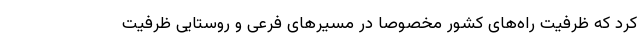
کرد که ظرفیت راه‌های کشور مخصوصا در مسیرهای فرعی و روستایی ظرفیت